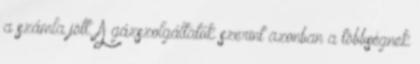
a számla jött. A gázszolgáltatók szerint azonban a többségnek